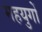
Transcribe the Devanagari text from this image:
महयुगों